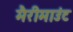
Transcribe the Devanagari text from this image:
मैरीमाउंट